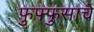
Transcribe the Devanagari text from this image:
फुफ्फुसाचे